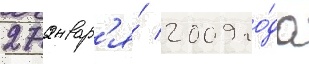
27 январ'я́ 2009 го́да